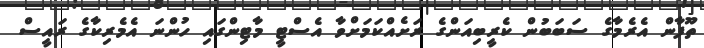
ތޫފާން އެރެމާގެ ސަބަބުން ކެރީބިއަންގެ ރަށެއްކަމަށްވާ އެސްޓީ މާޓިންގައި ހުންނަ އެމެރިކާގެ ރައީސް